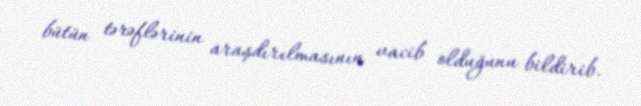
bütün tərəflərinin araşdırılmasının vacib olduğunu bildirib.